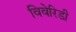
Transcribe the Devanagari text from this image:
विवेरिडी